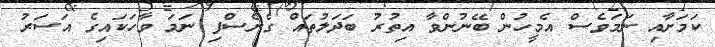
ކަމަށާއި ނަމަވެސް އެމީހުން ބޭނުންވާ އިތުރު ބަދަލުތައް ގެނެސްފި ނަމަ ވާހަކައިގެ އަސަރު